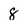
Character: 8